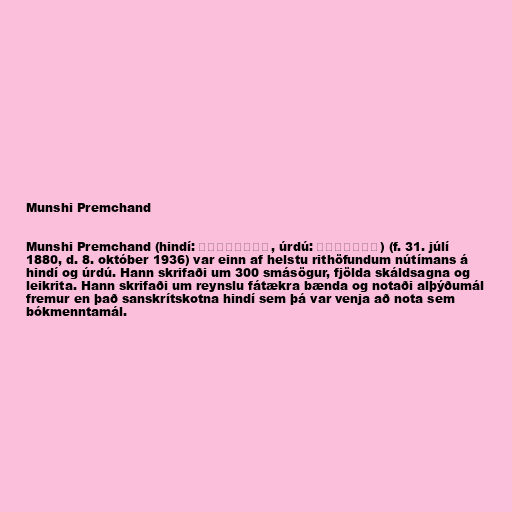
Munshi Premchand

Munshi Premchand (hindí: प्रेमचंद, úrdú: پریمچںد) (f. 31. júlí
1880, d. 8. október 1936) var einn af helstu rithöfundum nútímans á
hindí og úrdú. Hann skrifaði um 300 smásögur, fjölda skáldsagna og
leikrita. Hann skrifaði um reynslu fátækra bænda og notaði alþýðumál
fremur en það sanskrítskotna hindí sem þá var venja að nota sem
bókmenntamál.